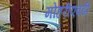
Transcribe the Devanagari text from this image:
मोहरीएवढी